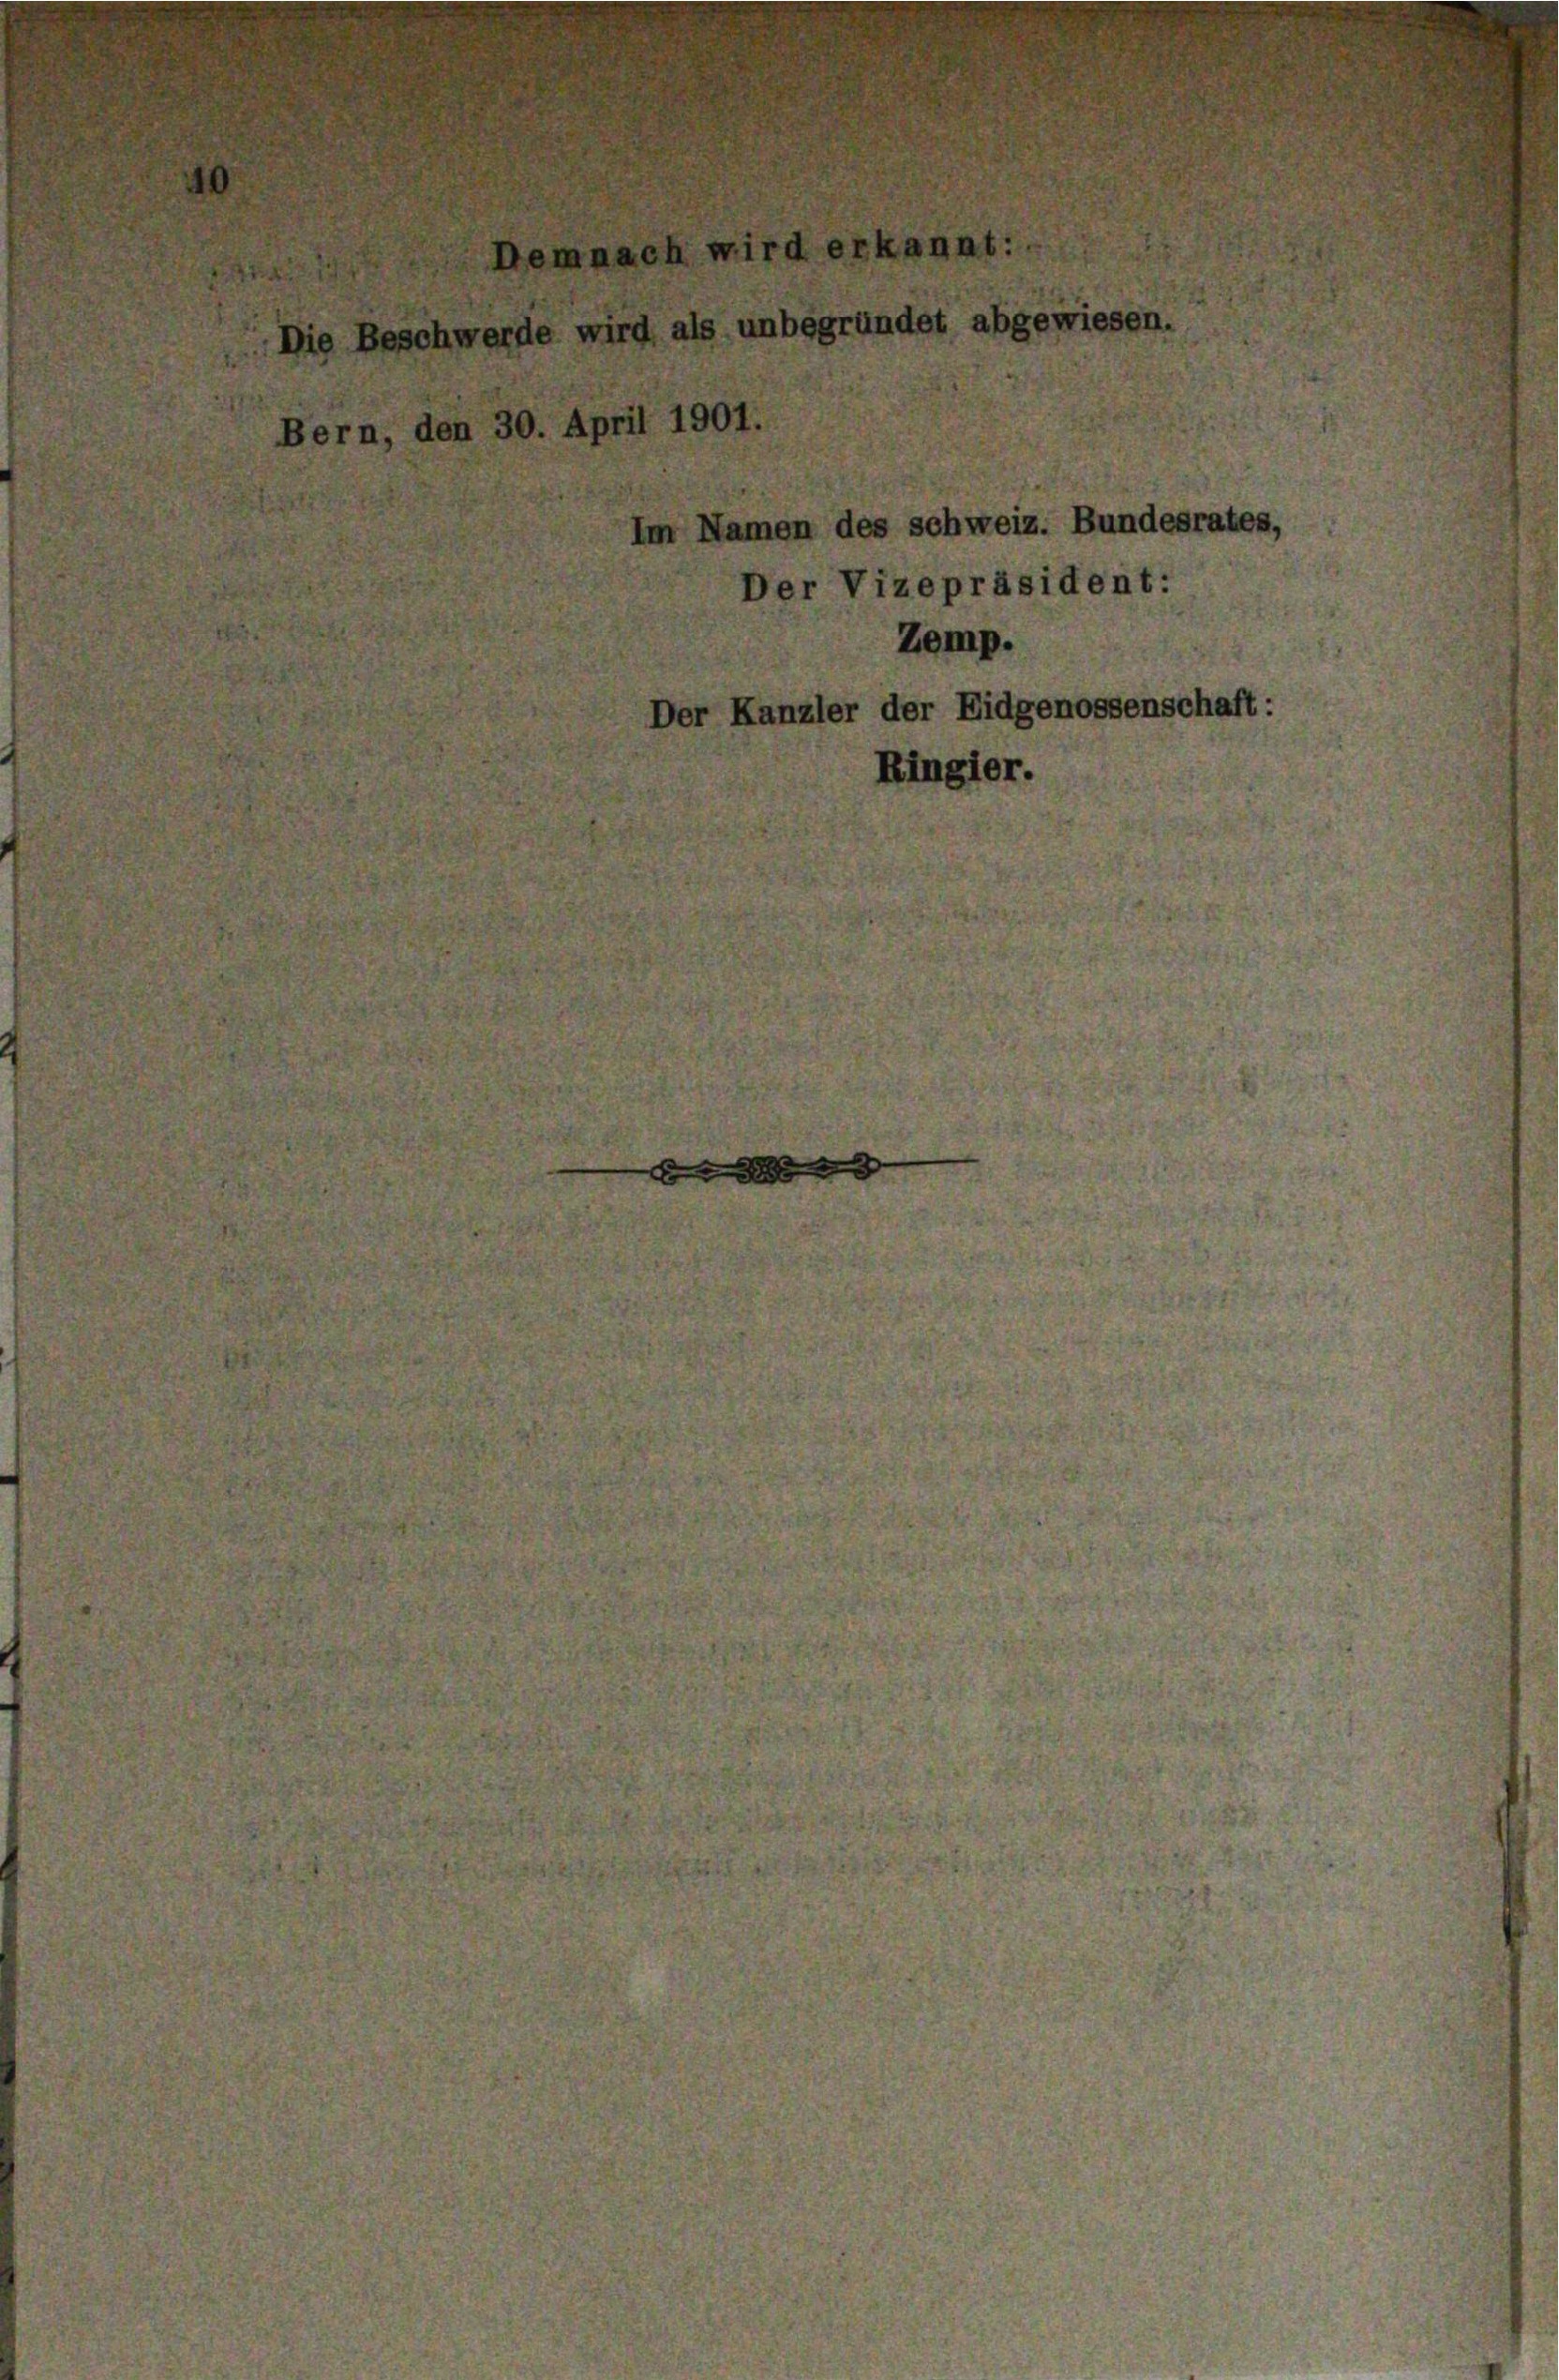
0.

119

I

b

Namen des schweiz. Bundesrates,
Der Vizepräsident:
Zemp.
Kanzler der Eidgenossenschaft:
Ringier.